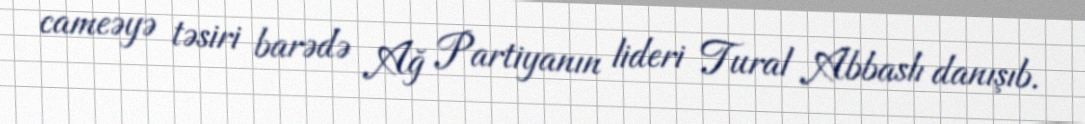
cameəyə təsiri barədə Ağ Partiyanın lideri Tural Abbaslı danışıb.